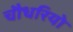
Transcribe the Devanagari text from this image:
चौधरियो